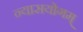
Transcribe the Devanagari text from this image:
न्यासयोगम्